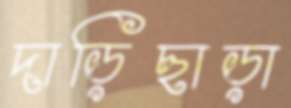
দাড়িছাড়া